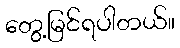
တွေ့မြင်ရပါတယ်။